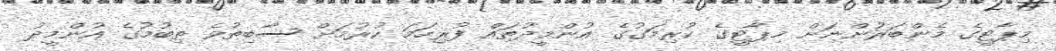
މިޕާޓީގެ މެންބަރުންނަށް މިޕާޓީގެ ކުރިމަގުގެ އުންމީދުތައް ފުރިހަމަ ކުރުމަށް ސާބިތުވެ ތިބުމުގެ އުންމީދު